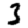
Digit: 3